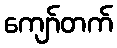
ကျော်တက်